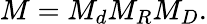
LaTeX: M=M_{d}M_{R}M_{D}.